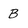
Character: B